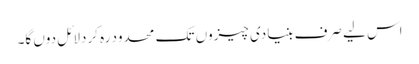
اس لیے صرف بنیادی چیزوں تک محدود رہ کردلائل دوں گا۔